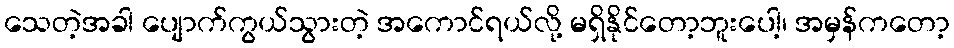
သေတဲ့အခါ ပျောက်ကွယ်သွားတဲ့ အကောင်ရယ်လို့ မရှိနိုင်တော့ဘူးပေါ့၊ အမှန်ကတော့